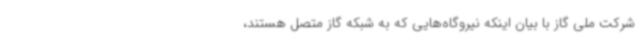
شرکت ملی گاز با بیان اینکه نیروگاه‌هایی که به شبکه گاز متصل هستند،